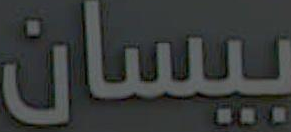
بیسان